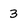
Character: 3